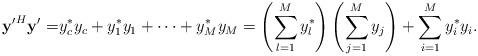
LaTeX: \begin{align*} \mathbf{y'}^H\mathbf{y}'=&y_c^* y_c+y_1^*y_1+\cdots+y_M^*y_M=\left(\sum_{l=1}^M y_l^*\right)\left(\sum_{j=1}^M y_j\right)+\sum_{i=1}^M y_i^*y_i.\end{align*}